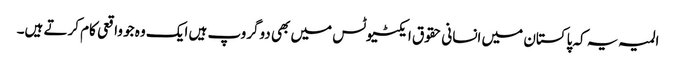
المیہ یہ کہ پاکستان میں انسانی حقوق ایکٹیوٹس میں بھی دوگروپ ہیں ایک وہ جو واقعی کام کرتے ہیں۔